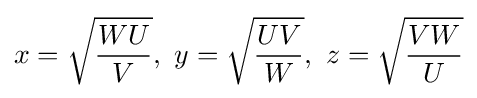
x={\sqrt {\frac {WU}{V}}},\ y={\sqrt {\frac {UV}{W}}},\ z={\sqrt {\frac {VW}{U}}}